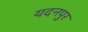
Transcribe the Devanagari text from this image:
यदनपुर